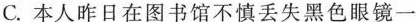
C.本人昨日在图书馆不慎丢失黑色眼镜一